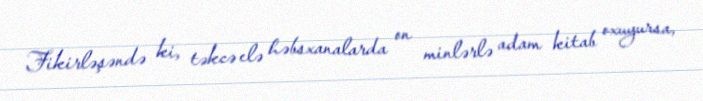
Fikirləşəndə ki, təkcə elə həbsxanalarda on minlərlə adam kitab oxuyursa,